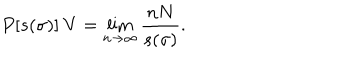
P [ s ( \sigma ) ] ~ { V } = \lim _ { n \to \infty } \frac { n N } { s ( \sigma ) } .